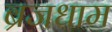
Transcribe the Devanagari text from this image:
ब्रजधाम